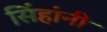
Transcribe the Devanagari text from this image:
सिंहांनी